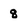
Character: 8